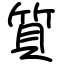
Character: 質